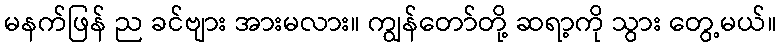
မနက်ဖြန် ည ခင်ဗျား အားမလား။ ကျွန်တော်တို့ ဆရာ့ကို သွား တွေ့မယ်။